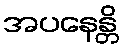
အပနေန္တိ